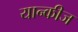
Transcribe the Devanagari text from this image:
यान्कीज